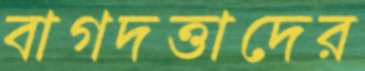
বাগদত্তাদের